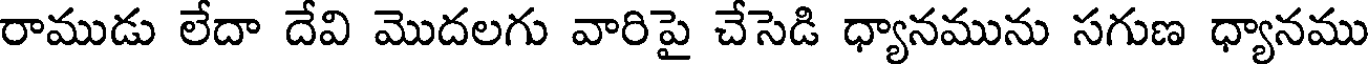
రాముడు లేదా దేవి మొదలగు వారిపై చేసెడి ధ్యానమును సగుణ ధ్యానము